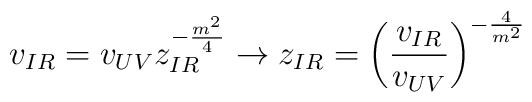
v_{IR} = v_{UV} z_{IR}^{-\frac{m^2}{4}} \to z_{IR} =\left(\frac{v_{IR}}{v_{UV}}\right)^{-\frac{4}{m^2}}